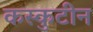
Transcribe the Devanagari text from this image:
कस्कुटीन